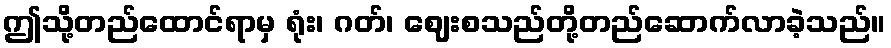
ဤသို့တည်ထောင်ရာမှ ရုံး၊ ဂတ်၊ ဈေးစသည်တို့တည်ဆောက်လာခဲ့သည်။